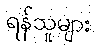
ရန်သူများ